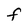
Character: F